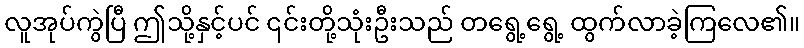
လူအုပ်ကွဲပြီ ဤသို့နှင့်ပင် ၎င်းတို့သုံးဦးသည် တရွေ့ရွေ့ ထွက်လာခဲ့ကြလေ၏။